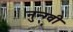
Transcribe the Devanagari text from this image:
नुन्ग्वी